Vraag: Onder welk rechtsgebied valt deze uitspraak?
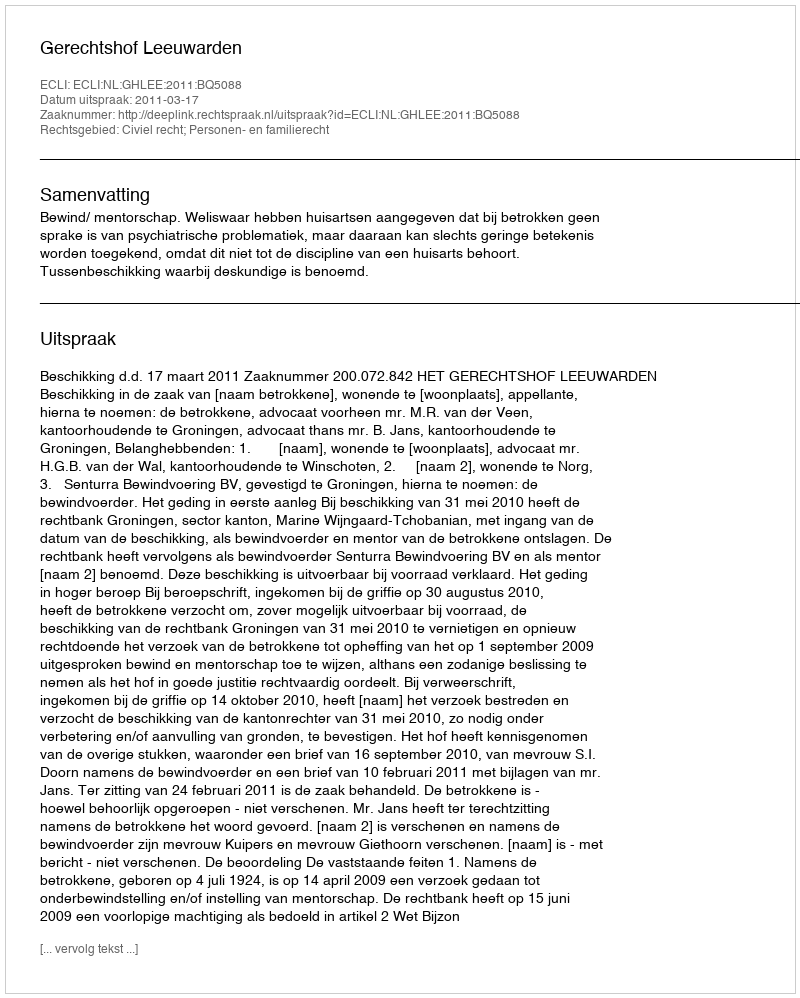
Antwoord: Civiel recht; Personen- en familierecht